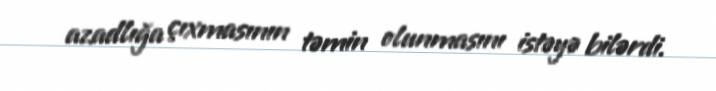
azadlığa çıxmasının təmin olunmasını istəyə bilərdi.